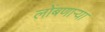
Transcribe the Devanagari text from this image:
लोंबणाऱ्या